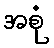
အစုံ